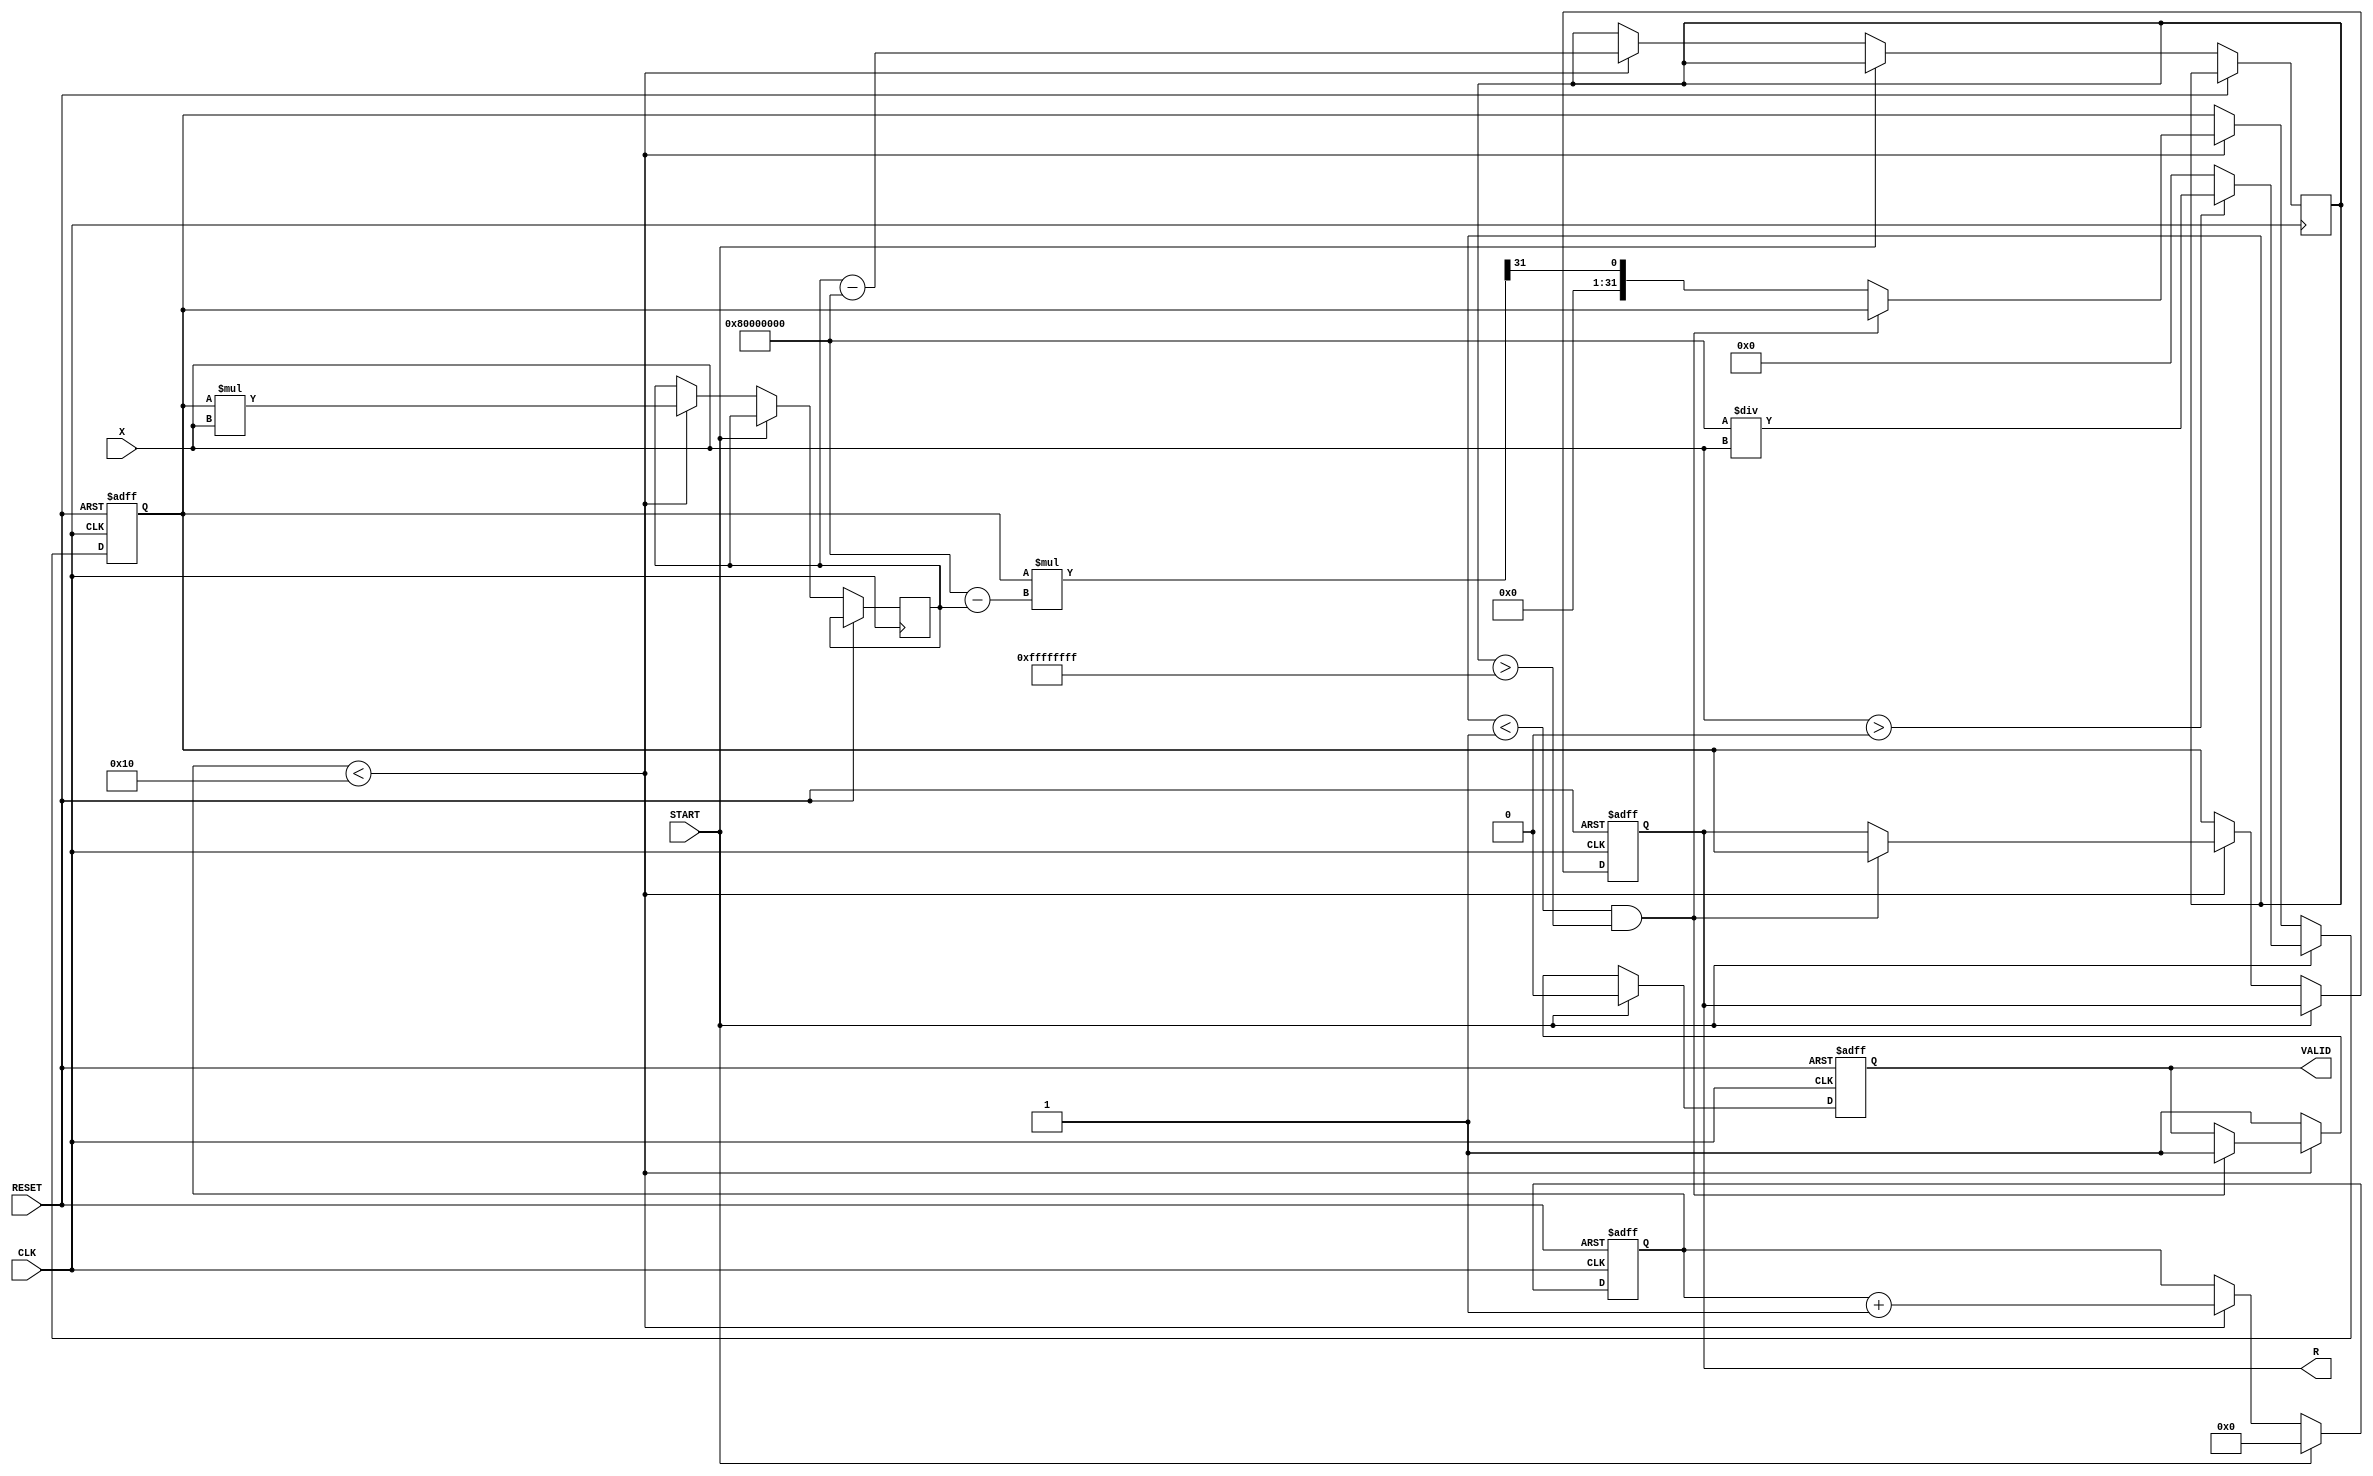
module IterativeReciprocal (
    input wire [31:0] X,       // Input value (Q1.31)
    input wire START,          // Start signal
    input wire CLK,            // Clock signal
    input wire RESET,          // Asynchronous reset
    output reg [31:0] R,       // Reciprocal result (Q1.31)
    output reg VALID           // Valid signal
);

    reg [31:0] iteration_reg;  // Current approximation of the reciprocal
    reg [31:0] multiplier_out;  // Output of the multiplication
    reg [31:0] difference;      // Difference for convergence checking
    reg [5:0] iteration_count;  // Counter for iterations

    parameter MAX_ITERATIONS = 16;   // Maximum iterations
    parameter THRESHOLD = 32'h00000001; // Convergence threshold (adjustable)

    // Initialize the first approximation (1/X)
    initial begin
        R = 32'b0;
        VALID = 1'b0;
        iteration_count = 6'b0;
    end

    // Asynchronous reset and control logic
    always @(posedge CLK or posedge RESET) begin
        if (RESET) begin
            iteration_reg <= 32'b0;
            R <= 32'b0;
            VALID <= 1'b0;
            iteration_count <= 6'b0;
        end else begin
            if (START) begin
                // First iteration: set initial guess as 1/X
                iteration_reg <= (X > 0) ? (32'h80000000 / X) : 32'b0; // Approximation for 1/X
                iteration_count <= 6'b0;
                VALID <= 1'b0; // Reset VALID signal
            end else if (iteration_count < MAX_ITERATIONS) begin
                // Newton-Raphson iteration: x(n+1) = x(n) * (2 - x(n) * X)
                multiplier_out <= iteration_reg * X; // X * current approximation
                difference <= multiplier_out - 32'h80000000; // Comparing to 1 (Q1.31 is 1.0 = 0x80000000)

                // Check convergence
                if (difference < THRESHOLD && difference > -THRESHOLD) begin
                    R <= iteration_reg; // Store the final result
                    VALID <= 1'b1; // Set VALID signal
                end else begin
                    // Update the approximation
                    iteration_reg <= iteration_reg * (32'h80000000 - multiplier_out) >> 31; // Update rule
                end
                iteration_count <= iteration_count + 1; // Increment iteration counter
            end else begin
                R <= iteration_reg; // If max iterations reached, output the last approximation
                VALID <= 1'b1; // Set VALID signal
            end
        end
    end
endmodule